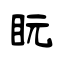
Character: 盶